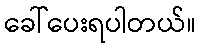
ခေါ်ပေးရပါတယ်။